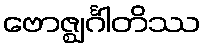
ဗောဇ္ဈင်္ဂါတိဿ